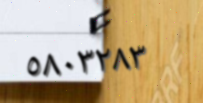
٥٨٠٣٢٨٣